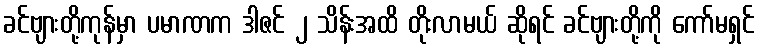
ခင်ဗျားတို့ကုန်မှာ ပမာဏက ဒါဇင် ၂ သိန်းအထိ တိုးလာမယ် ဆိုရင် ခင်ဗျားတို့ကို ကော်မရှင်